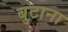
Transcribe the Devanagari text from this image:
बुटाना